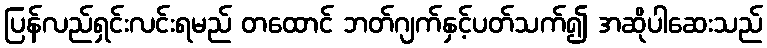
ပြန်လည်ရှင်းလင်းရမည် တထောင် ဘတ်ဂျက်နှင့်ပတ်သက်၍ အဆိုပါဆေးသည်